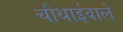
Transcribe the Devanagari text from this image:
चौथाईवाले